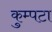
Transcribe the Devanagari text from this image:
कुम्पटा